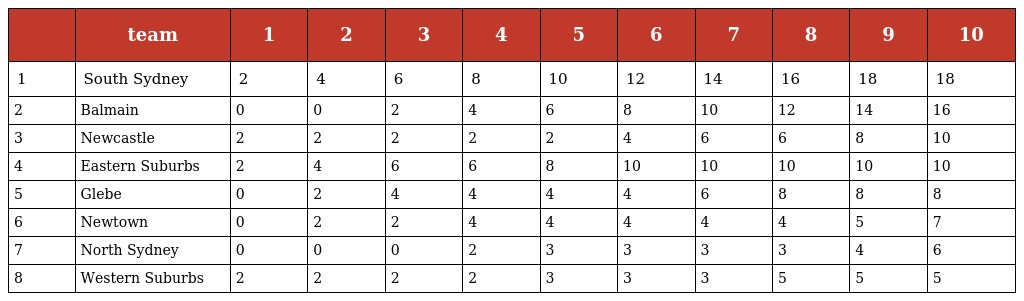
|  | team | 1 | 2 | 3 | 4 | 5 | 6 | 7 | 8 | 9 | 10 |
 | --- | --- | --- | --- | --- | --- | --- | --- | --- | --- | --- | --- |
 | 1 | South Sydney | 2 | 4 | 6 | 8 | 10 | 12 | 14 | 16 | 18 | 18 |
 | 2 | Balmain | 0 | 0 | 2 | 4 | 6 | 8 | 10 | 12 | 14 | 16 |
 | 3 | Newcastle | 2 | 2 | 2 | 2 | 2 | 4 | 6 | 6 | 8 | 10 |
 | 4 | Eastern Suburbs | 2 | 4 | 6 | 6 | 8 | 10 | 10 | 10 | 10 | 10 |
 | 5 | Glebe | 0 | 2 | 4 | 4 | 4 | 4 | 6 | 8 | 8 | 8 |
 | 6 | Newtown | 0 | 2 | 2 | 4 | 4 | 4 | 4 | 4 | 5 | 7 |
 | 7 | North Sydney | 0 | 0 | 0 | 2 | 3 | 3 | 3 | 3 | 4 | 6 |
 | 8 | Western Suburbs | 2 | 2 | 2 | 2 | 3 | 3 | 3 | 5 | 5 | 5 |